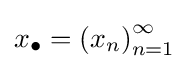
x_{\bullet }=\left(x_{n}\right)_{n=1}^{\infty }